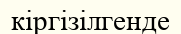
кіргізілгенде